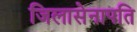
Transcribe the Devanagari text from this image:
जिलासेनापति